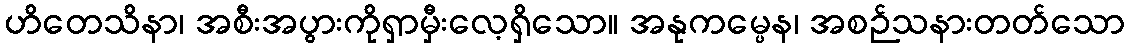
ဟိတေသိနာ၊ အစီးအပွားကိုရှာမှီးလေ့ရှိသော။ အနုကမ္ပေန၊ အစဉ်သနားတတ်သော